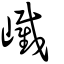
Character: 𡽱